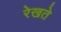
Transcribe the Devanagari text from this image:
रेखते